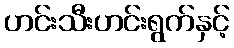
ဟင်းသီးဟင်းရွက်နှင့်